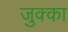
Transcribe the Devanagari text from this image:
जुक्का